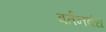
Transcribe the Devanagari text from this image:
वर्तनबंध